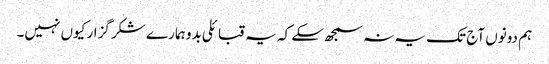
ہم دونوں آج تک یہ نہ سمجھ سکے کہ یہ قبائلی بدو ہمارے شکر گزار کیوں نہیں۔